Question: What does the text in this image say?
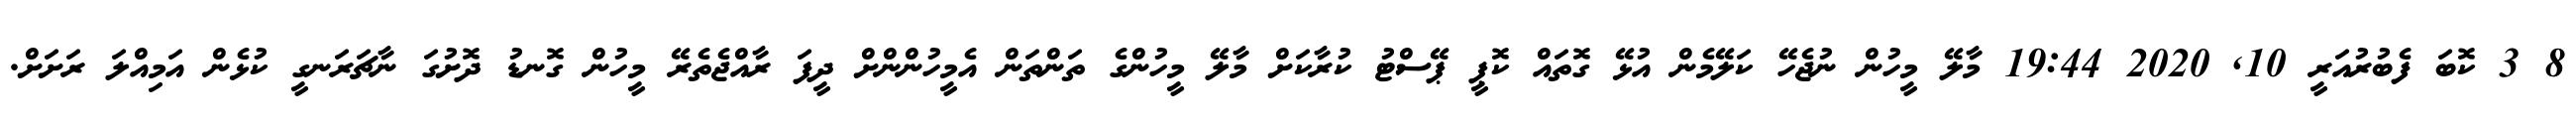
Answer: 8 3 ކޮބަ ފެބުރުއަރީ 10, 2020 19:44 މާލޭ މީހުން ނުޖެހޭ ކަލޭމެން އުޅޭ ގޮތައް ކޮޕީ ޕޭސްޓު ކުރާކަށް މާލޭ މީހުންގެ ތަންތަން އެމީހުންންށް ދީފަ ރާއްޖެތެރޭ މީހުން ގޮނޑު ދޮށުގަ ނާޗަރަނގީ ކުޅެން އަމިއްލަ ރަށަށް.